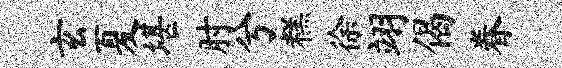
玄夏堪肘兮糕徐翊偈眷